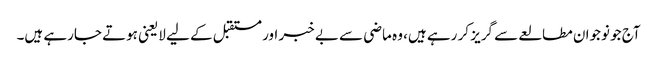
آج جو نوجوان مطالعے سے گریز کر رہے ہیں، وہ ماضی سے بے خبر اور مستقبل کے لیے لایعنی ہوتے جارہے ہیں۔